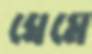
ঘেমে